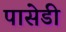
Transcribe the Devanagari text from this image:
पासेडी